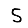
Digit: 5